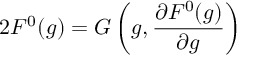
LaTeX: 2 F ^ { 0 } ( g ) = G \left( g , \frac { \partial F ^ { 0 } ( g ) } { \partial g } \right)